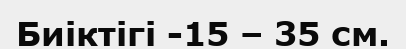
Биіктігі -15 – 35 см.